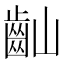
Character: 𪗘